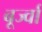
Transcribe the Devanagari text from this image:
बूर्ज्वा